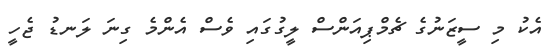
އެކު މި ސީޒަނުގެ ޗެމްޕިއަންސް ލީގުގައި ވެސް އެންމެ ގިނަ ލަނޑު ޖެހީ